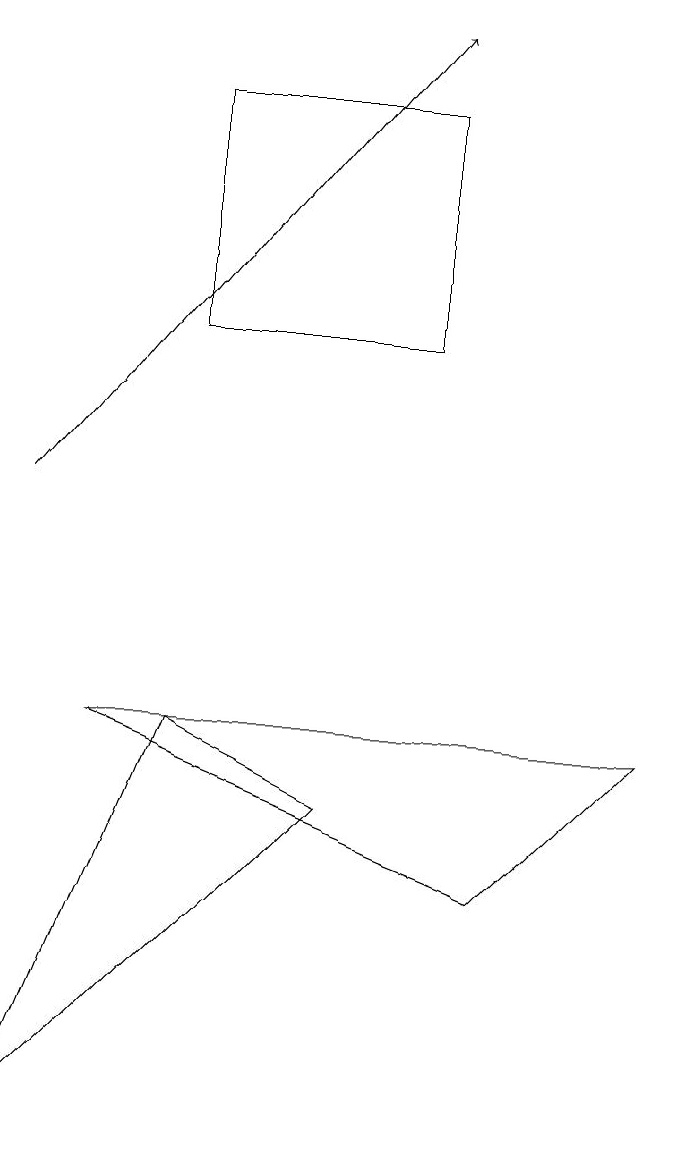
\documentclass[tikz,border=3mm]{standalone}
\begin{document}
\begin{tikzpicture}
\draw (3,17) rectangle (6,14);
\draw (5,8) -- (1,4) -- (3,9) -- cycle;
\draw (7,7) -- (2,9) -- (9,9) -- cycle;
\draw[->] (1,12) -- (6,18);
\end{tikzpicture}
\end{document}